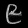
Digit: ၉